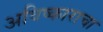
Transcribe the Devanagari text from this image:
अविष्काराचा